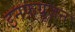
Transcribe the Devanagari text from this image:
इनफ़्यूज़न